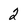
Character: 2